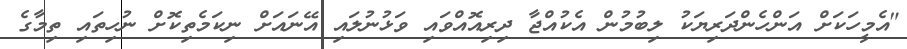
"އެމީހަކަށް އަންހެންދަރިޔަކު ލިބުމުން އެކުއްޖާ ދިރިއޮއްވައި ވަޅުނުލައި އޭނައަށް ނިކަމެތިކޮށް ނުހިތައި ތިމާގެ